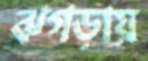
ঝগড়ায়